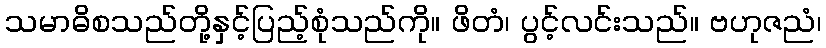
သမာဓိစသည်တို့နှင့်ပြည့်စုံသည်ကို။ ဖိတံ၊ ပွင့်လင်းသည်။ ဗဟုဇညံ၊